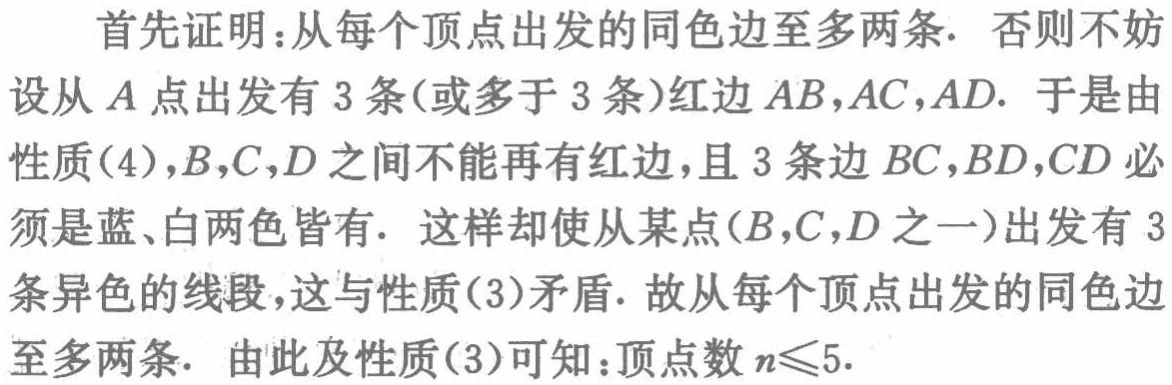
首先证明：从每个顶点出发的同色边至多两条. 否则不妨设从\(A\)点出发有\(3\)条(或多于\(3\)条)红边\(AB,AC,AD\). 于是由性质(4)，\(B,C,D\)之间不能再有红边，且\(3\)条边\(BC,BD,CD\)必须是蓝、白两色皆有. 这样却使从某点(\(B,C,D\)之一)出发有\(3\)条异色的线段，这与性质(3)矛盾. 故从每个顶点出发的同色边至多两条. 由此及性质(3)可知：顶点数\(n\leqslant5\).